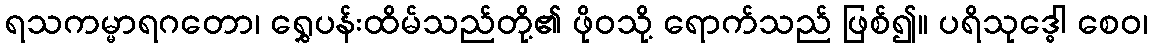
ရသကမ္မာရဂတော၊ ရွှေပန်းထိမ်သည်တို့၏ ဖိုဝသို့ ရောက်သည် ဖြစ်၍။ ပရိသုဒ္ဓေါ စေဝ၊